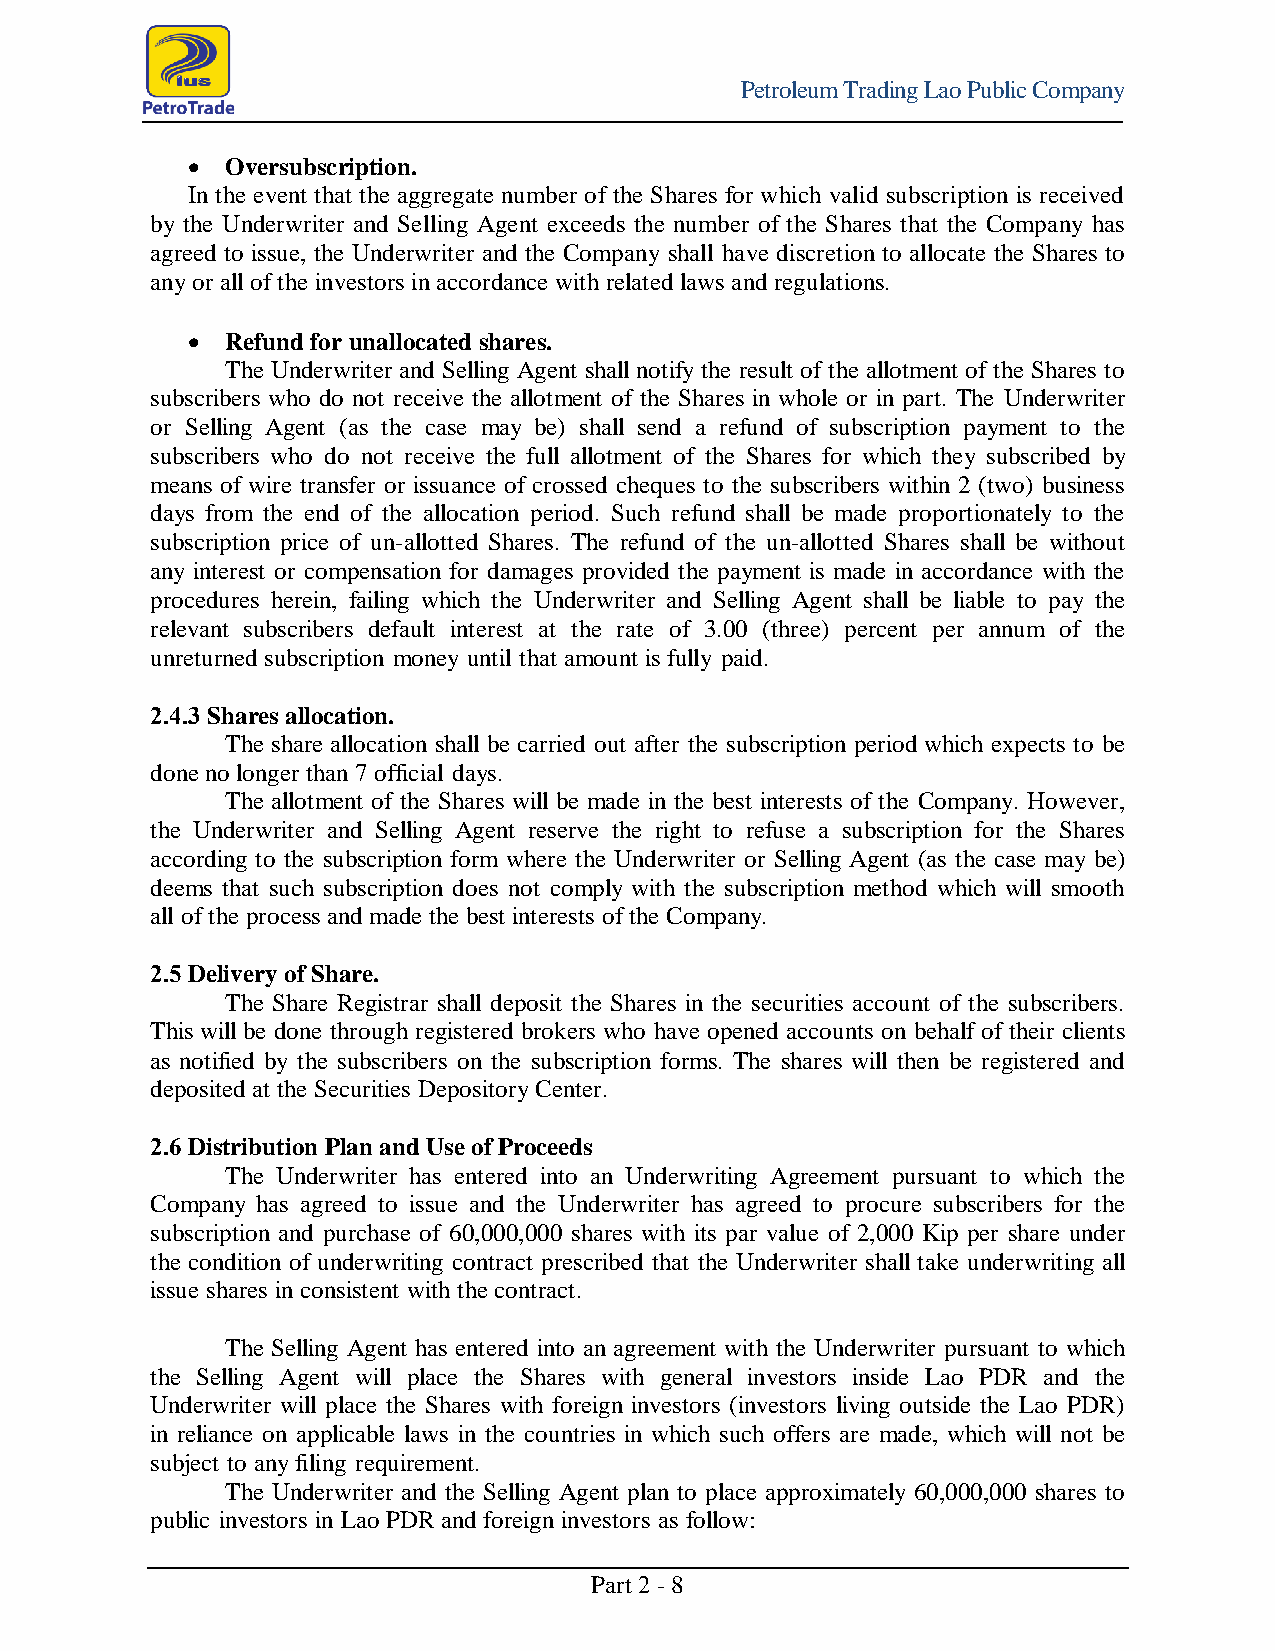
Petroleum Trading Lao Public Company
   Oversubscription.
 In the event that the aggregate number of the Shares for which valid subscription is received
 by the Underwriter and Selling Agent exceeds the number of the Shares that the Company has
 agreed to issue, the Underwriter and the Company shall have discretion to allocate the Shares to
 any or all of the investors in accordance with related laws and regulations.
   Refund for unallocated shares.
 The Underwriter and Selling Agent shall notify the result of the allotment of the Shares to
 subscribers who do not receive the allotment of the Shares in whole or in part. The Underwriter
 or Selling Agent (as the case may be) shall send a refund of subscription payment to the
 subscribers who do not receive the full allotment of the Shares for which they subscribed by
 means of wire transfer or issuance of crossed cheques to the subscribers within 2 (two) business
 days from the end of the allocation period. Such refund shall be made proportionately to the
 subscription price of un-allotted Shares. The refund of the un-allotted Shares shall be without
 any interest or compensation for damages provided the payment is made in accordance with the
 procedures herein, failing which the Underwriter and Selling Agent shall be liable to pay the
 relevant subscribers default interest at the rate of 3.00 (three) percent per annum of the
 unreturned subscription money until that amount is fully paid.
 2.4.3 Shares allocation.
 The share allocation shall be carried out after the subscription period which expects to be
 done no longer than 7 official days.
 The allotment of the Shares will be made in the best interests of the Company. However,
 the Underwriter and Selling Agent reserve the right to refuse a subscription for the Shares
 according to the subscription form where the Underwriter or Selling Agent (as the case may be)
 deems that such subscription does not comply with the subscription method which will smooth
 all of the process and made the best interests of the Company.
 2.5 Delivery of Share.
 The Share Registrar shall deposit the Shares in the securities account of the subscribers.
 This will be done through registered brokers who have opened accounts on behalf of their clients
 as notified by the subscribers on the subscription forms. The shares will then be registered and
 deposited at the Securities Depository Center.
 2.6 Distribution Plan and Use of Proceeds
 The Underwriter has entered into an Underwriting Agreement pursuant to which the
 Company has agreed to issue and the Underwriter has agreed to procure subscribers for the
 subscription and purchase of 60,000,000 shares with its par value of 2,000 Kip per share under
 the condition of underwriting contract prescribed that the Underwriter shall take underwriting all
 issue shares in consistent with the contract.
 The Selling Agent has entered into an agreement with the Underwriter pursuant to which
 the Selling Agent will place the Shares with general investors inside Lao PDR and the
 Underwriter will place the Shares with foreign investors (investors living outside the Lao PDR)
 in reliance on applicable laws in the countries in which such offers are made, which will not be
 subject to any filing requirement.
 The Underwriter and the Selling Agent plan to place approximately 60,000,000 shares to
 public investors in Lao PDR and foreign investors as follow:
 Part 2 - 8